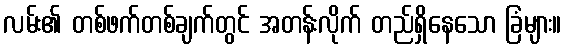
လမ်း၏ တစ်ဖက်တစ်ချက်တွင် အတန်းလိုက် တည်ရှိနေသော ခြံများ။